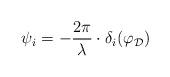
LaTeX: \begin{align*}\psi_i = - \frac{2\pi}{ \lambda} \cdot \delta_i(\varphi_{\cal D})\end{align*}